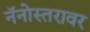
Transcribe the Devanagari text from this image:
नॅनोस्तरावर